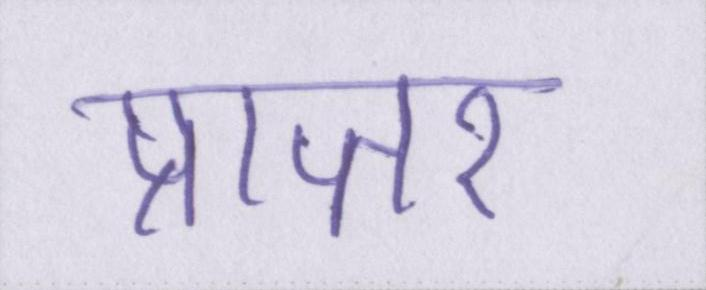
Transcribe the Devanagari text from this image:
प्राप्तर